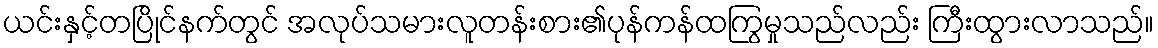
ယင်းနှင့်တပြိုင်နက်တွင် အလုပ်သမားလူတန်းစား၏ပုန်ကန်ထကြွမှုသည်လည်း ကြီးထွားလာသည်။